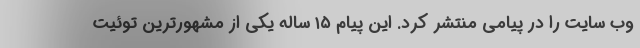
وب سایت را در پیامی منتشر کرد. این پیام ۱۵ ساله یکی از مشهورترین توئیت